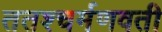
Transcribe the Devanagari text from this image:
ततश्चर्मणवती